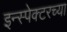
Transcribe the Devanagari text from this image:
इन्स्पेक्टरच्या